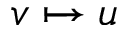
v \mapsto u